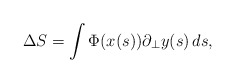
\begin{align*}\Delta S=\int \Phi (x(s))\partial _{\bot }y(s)\,ds,\end{align*}